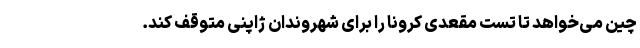
چین می‌خواهد تا تست مقعدی کرونا را برای شهروندان ژاپنی متوقف کند.